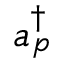
a _ { p } ^ { \dagger } { }